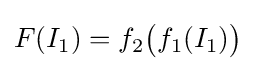
F(I_{1})=f_{2}{\big (}f_{1}(I_{1}){\big )}